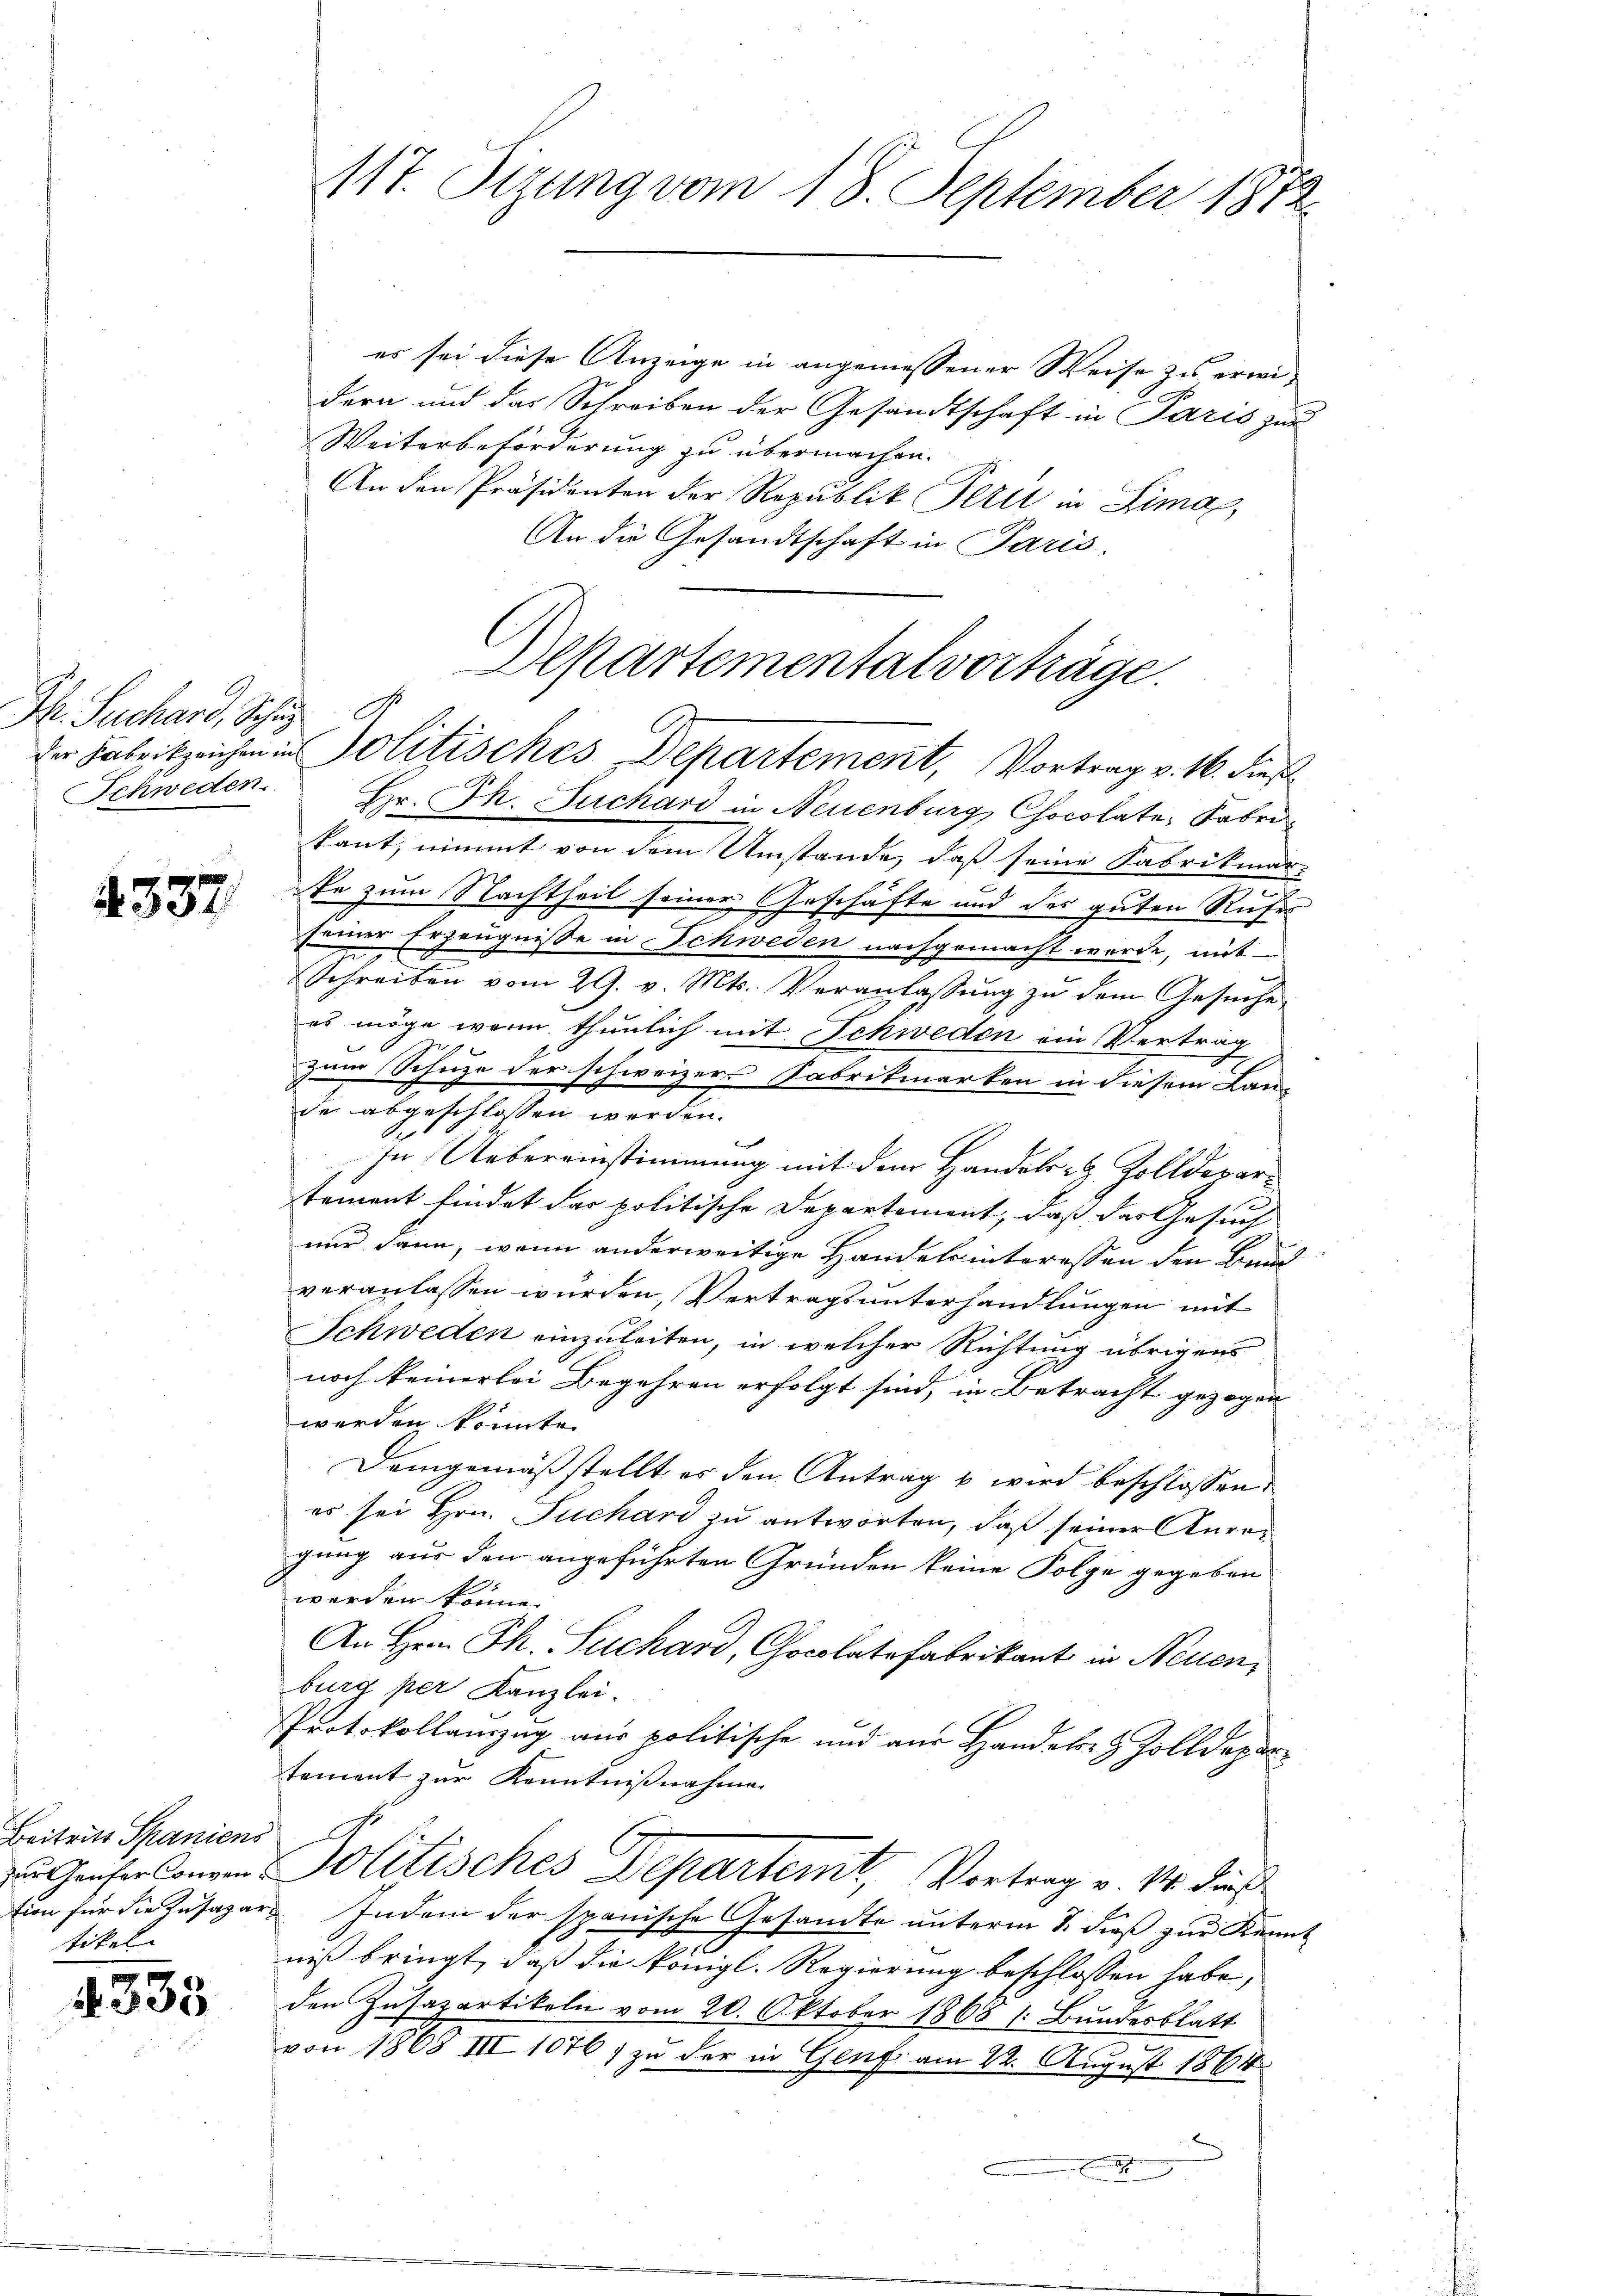
Dr. Suchard, Schu

4337

Beitritt Spaniens
tikel

es sei diese Anzeige in angemessener Weise zu erwidern und das Schreiben der Gesandtschaft in Paris zur
Weiterbeförderung zu übermachen.
An den Präsidenten der Republik Berli in Zima,
An die Gesandtschaft in Paris.
Schweden. Hr. Th. Suchard in Neuenburg Chocolate, Fabri
kant, nimmt von dem Umstände, daß seine Fabrikmar-
te zum Nachtheil seiner Geschäfte und des guten Rufes
seiner Erzeugnisse in Schweden nachgemacht werde, mit
Schreiben vom 29. v. Mts. Veranlassung zu dem Gesuche
es möge wenn thunlich mit Schweden ein Vertrag
zum Schuze der schweizer. Sabritmarken in diesem Lan-
de abgeschlossen werden.
.
f
In Uebereinstimmung mit dem Handels- & Zolldepartement findet das politische Departement, daß der Gesuch
nur kann, wenn anderweitige Handels interessen den Band
veranlassen wurden, Vertragsunterhandlungen mit
Schweden einzuleiten, in welcher Richtung übrigens
noch keinerlei Begehren erfolgt sind, in Betracht gezogen
werden könnte.
Demgemäß stellt es den Antrag & wird beschlossen:
er sei Hrn. Suchard zu antworten, daß seiner Anregung aus den angeführten Gründen keine Folge gegeben
werden könne.
An Hrn. Ph. Suchard, Chocolata fabrikant in Neuen,
burg per Kanzlei.
Protokollanzug aus politische und aus Handeler & Zolldepartement zur Kenntnißnahme
zu Hauser Connen Molitisches Departemt, Vortrag v. M. dieß
tion für die Zusazare Indem der spanische Gesandte unterm 1. dieß zur Kennt
niß bringt, daß die königl. Regierung beschlossen habe,
2 den Zusapartikeln vom 20. Oktober 1868 1: Bundesblatt
von 1868 III 1076) zu der in Genf am 22. August 1814.
e
E

117. Sizung vom 18. September 1872.

Departementalverträge.
der Fabrikzeichen in Politisches Departement, Vortrag v. 1. dies